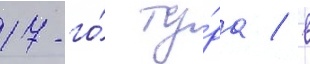
17-го́ ту́ра / в